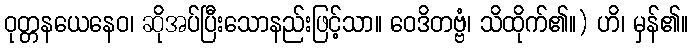
ဝုတ္တနယေနေဝ၊ ဆိုအပ်ပြီးသောနည်းဖြင့်သာ။ ဝေဒိတဗ္ဗံ၊ သိထိုက်၏။) ဟိ၊ မှန်၏။